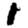
Digit: 1